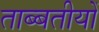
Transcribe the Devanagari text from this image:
ताब्बतीयों